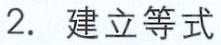
2. 建立等式